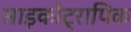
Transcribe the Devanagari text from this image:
साइकोट्रापिक